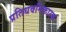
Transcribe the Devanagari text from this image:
प्रतिधवनिकारक